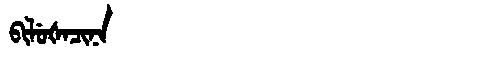
Manchu: ᠪᡳᠯᡠᡧᠠᠴᡳᠨᠠ
Romanization: BILUŠACINA